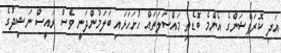
އަދި ކޮރަޕްޝަންގެ އެންމެ ބޮޑެތި މައްސަލަތައް ހުށަހަޅައި ބަލަމުންދަނީ ވެސް ރައީސް ނަޝީދުގެ